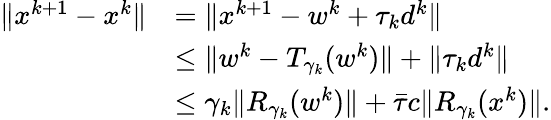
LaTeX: \begin{array}{rl}{\| x^{k+1}-x^{k}\| }&{=\| x^{k+1}-w^{k}+\tau_{k}d^{k}\| }\\ &{\le\| w^{k}-T_{\gamma_{k}}(w^{k})\| +\| \tau_{k}d^{k}\| }\\ &{\le\gamma_{k}\| R_{\gamma_{k}}(w^{k})\| +\bar{\tau}c\| R_{\gamma_{k}}(x^{k})\| .}\end{array}